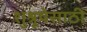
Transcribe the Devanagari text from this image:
शुश्रूषेसाठी